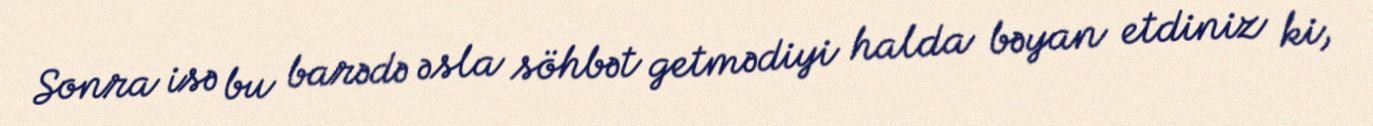
Sonra isə bu barədə əsla söhbət getmədiyi halda bəyan etdiniz ki,